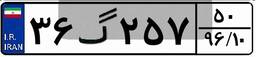
۹۷گ۶۲۶۴۱